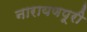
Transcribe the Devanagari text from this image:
नारायणपूरी